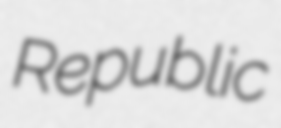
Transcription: Republic